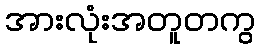
အားလုံးအတူတကွ